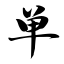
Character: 单